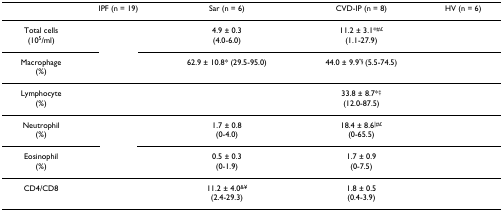
<table><thead><tr><td>[EMPTY_CELL]</td><td><b>IPF (n = 19)</b></td><td><b>Sar (n = 6)</b></td><td><b>CVD-IP (n = 8)</b></td><td><b>HV (n = 6)</b></td></tr></thead><tbody><tr><td>Total cells(10<sup>5</sup>/ml)</td><td>[EMPTY_CELL]</td><td>4.9 ± 0.3(4.0-6.0)</td><td>11.2 ± 3.1*<sup>#£</sup>(1.1-27.9)</td><td>[EMPTY_CELL]</td></tr><tr><td>Macrophage(%)</td><td>[EMPTY_CELL]</td><td>62.9 ± 10.8* (29.5-95.0)</td><td>44.0 ± 9.9<sup>"§ </sup>(5.5-74.5)</td><td>[EMPTY_CELL]</td></tr><tr><td>Lymphocyte(%)</td><td>[EMPTY_CELL]</td><td>[EMPTY_CELL]</td><td>33.8 ± 8.7*<sup>‡</sup>(12.0-87.5)</td><td>[EMPTY_CELL]</td></tr><tr><td>Neutrophil(%)</td><td>[EMPTY_CELL]</td><td>1.7 ± 0.8(0-4.0)</td><td>18.4 ± 8.6<sup>|#£</sup>(0-65.5)</td><td>[EMPTY_CELL]</td></tr><tr><td>Eosinophil(%)</td><td>[EMPTY_CELL]</td><td>0.5 ± 0.3(0-1.9)</td><td>1.7 ± 0.9(0-7.5)</td><td>[EMPTY_CELL]</td></tr><tr><td>CD4/CD8</td><td>[EMPTY_CELL]</td><td>11.2 ± 4.0<sup>&amp;¥</sup>(2.4-29.3)</td><td>1.8 ± 0.5(0.4-3.9)</td><td>[EMPTY_CELL]</td></tr></tbody></table>